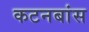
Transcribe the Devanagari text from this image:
कटनबांस